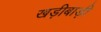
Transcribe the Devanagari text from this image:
खड़ीबाड़ी